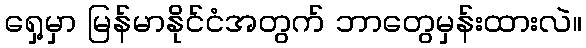
ရှေ့မှာ မြန်မာနိုင်ငံအတွက် ဘာတွေမှန်းထားလဲ။